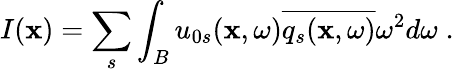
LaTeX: I(\mathbf{x})=\sum_{s}\int_{B}u_{0s}(\mathbf{x},\omega)\overline{{q_{s}(\mathbf{x},\omega)}}\omega^{2}d\omega\; .